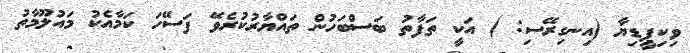
ވިކިޕީޑިޔާ (އިނގިރޭސި: ) އަކީ ތަފާތު ބަސްބަހުން ތައްޔާރުކުރެވޭ ފަސޭހަ ކަމާއެކު މައުލޫމާތު